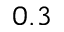
0 . 3